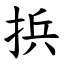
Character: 捠